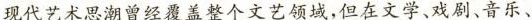
现代艺术思潮曾经覆盖整个文艺领域,但在文学、戏剧、音乐、